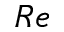
R e